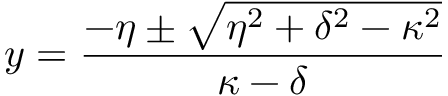
y = \frac { - \eta \pm \sqrt { \eta ^ { 2 } + \delta ^ { 2 } - \kappa ^ { 2 } } } { \kappa - \delta }